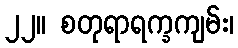
၂၂။ စတုရာရက္ခကျမ်း၊